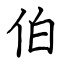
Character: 伯